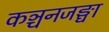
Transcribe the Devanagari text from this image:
कञ्चनजङ्घा